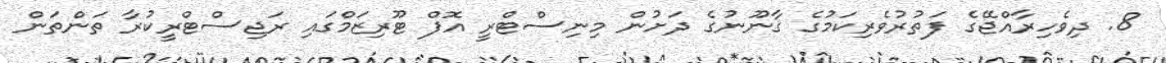
8. ދިވެހިރާއްޖޭގެ ފަތުރުވެރިކަމުގެ ޤާނޫނުގެ ދަށުން މިނިސްޓްރީ އޮފް ޓޫރިޒަމްގައި ރަޖިސްޓްރީކުރާ ތަންތަން